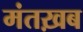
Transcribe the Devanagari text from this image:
मंतख़ब